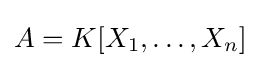
A=K[X_{1},\ldots ,X_{n}]